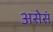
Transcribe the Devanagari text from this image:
असेसं